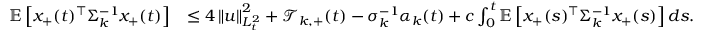
\begin{array} { r l } { \mathbb E \left[ x _ { + } ( t ) ^ { \top } \Sigma _ { k } ^ { - 1 } x _ { + } ( t ) \right] } & { \leq 4 \left\| u \right\| _ { L _ { t } ^ { 2 } } ^ { 2 } + \mathcal T _ { k , + } ( t ) - \sigma _ { k } ^ { - 1 } \alpha _ { k } ( t ) + c \int _ { 0 } ^ { t } \mathbb E \left[ x _ { + } ( s ) ^ { \top } \Sigma _ { k } ^ { - 1 } x _ { + } ( s ) \right] d s . } \end{array}